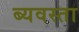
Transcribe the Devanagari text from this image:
ब्यवस्ता